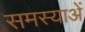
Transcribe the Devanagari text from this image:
समस्याअें